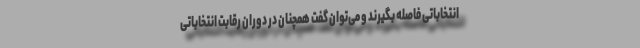
انتخاباتی فاصله بگیرند و می‌توان گفت همچنان در دوران رقابت انتخاباتی